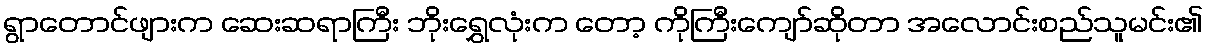
ရွာတောင်ဖျားက ဆေးဆရာကြီး ဘိုးရွှေလုံးက တော့ ကိုကြီးကျော်ဆိုတာ အလောင်းစည်သူမင်း၏